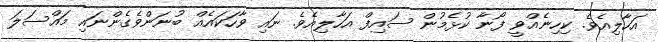
އަހާލިއެވެ. ކިހިނެއްވީ ފޯނާ ކުޅެމުން ސައިފް އަހާލިއެވެ. ނައި ވާހަކައެއް ބުނަންވެގެންނައި މައްސަލަ